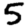
Digit: 5